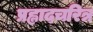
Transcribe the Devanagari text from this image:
प्रह्लादचरित्र